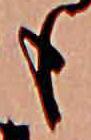
も